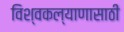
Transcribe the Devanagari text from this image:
विश्वकल्याणासाठी